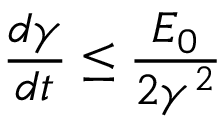
\frac { d \gamma } { d t } \leq \frac { E _ { 0 } } { 2 \gamma ^ { 2 } }